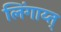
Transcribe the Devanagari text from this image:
लिंगाय्त्